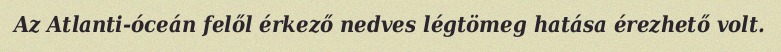
Az Atlanti-óceán felől érkező nedves légtömeg hatása érezhető volt.